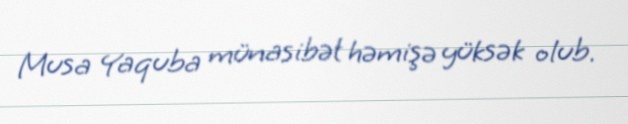
Musa Yaquba münasibət həmişə yüksək olub.